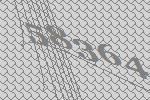
58364